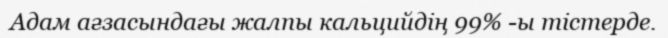
Адам ағзасындағы жалпы кальцийдің 99% -ы тістерде.